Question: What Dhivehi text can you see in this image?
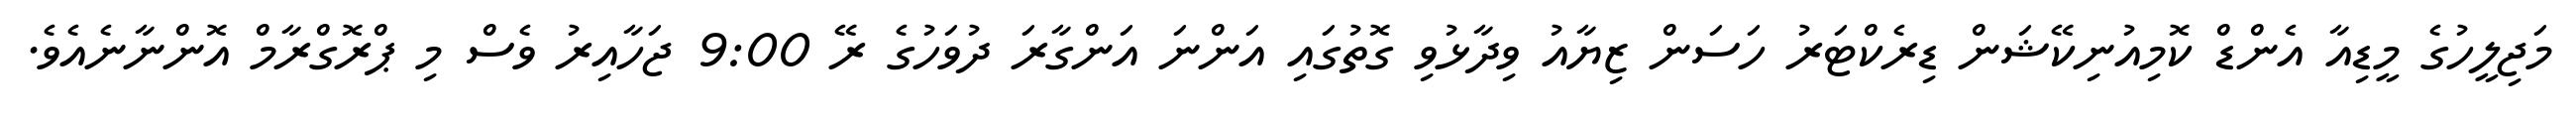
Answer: މަޖިލީހުގެ މީޑިއާ އެންޑް ކޮމިއުނިކޭޝަން ޑިރެކްޓަރު ހަސަން ޒިޔާއު ވިދާޅުވި ގޮތުގައި އަންނަ އަންގާރަ ދުވަހުގެ ރޭ 9:00 ޖަހާއިރު ވެސް މި ޕްރޮގްރާމް އޮންނާނެއެވެ.